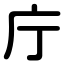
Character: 庁